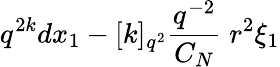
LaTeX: q^{2k}dx_{1}-[k]_{q^{2}}\frac{q^{-2}}{C_{N}}\; r^{2}\xi_{1}